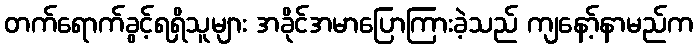
တက်ရောက်ခွင့်ရရှိသူများ အခိုင်အမာပြောကြားခဲ့သည် ကျနော့်နာမည်က